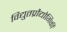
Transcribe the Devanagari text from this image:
विद्युतप्रौद्योगिकी